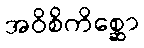
အဝိစိကိစ္ဆော